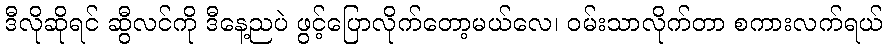
ဒီလိုဆိုရင် ဆွီလင်ကို ဒီနေ့ညပဲ ဖွင့်ပြောလိုက်တော့မယ်လေ၊ ဝမ်းသာလိုက်တာ စကားလက်ရယ်